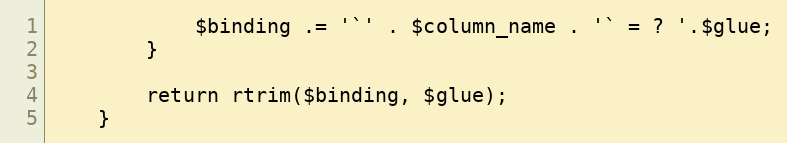
Language: PHP
            $binding .= '`' . $column_name . '` = ? '.$glue;
        }

        return rtrim($binding, $glue);
    }